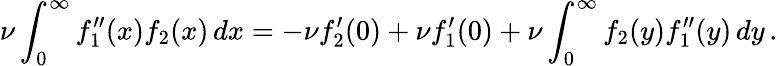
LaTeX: \nu\int_{0}^{\infty}f_{1}^{\prime\prime}(x)f_{2}(x)\, dx=-\nu f_{2}^{\prime}(0)+\nu f_{1}^{\prime}(0)+\nu\int_{0}^{\infty}f_{2}(y)f_{1}^{\prime\prime}(y)\, dy\, .